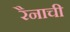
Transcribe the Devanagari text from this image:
रैनाची